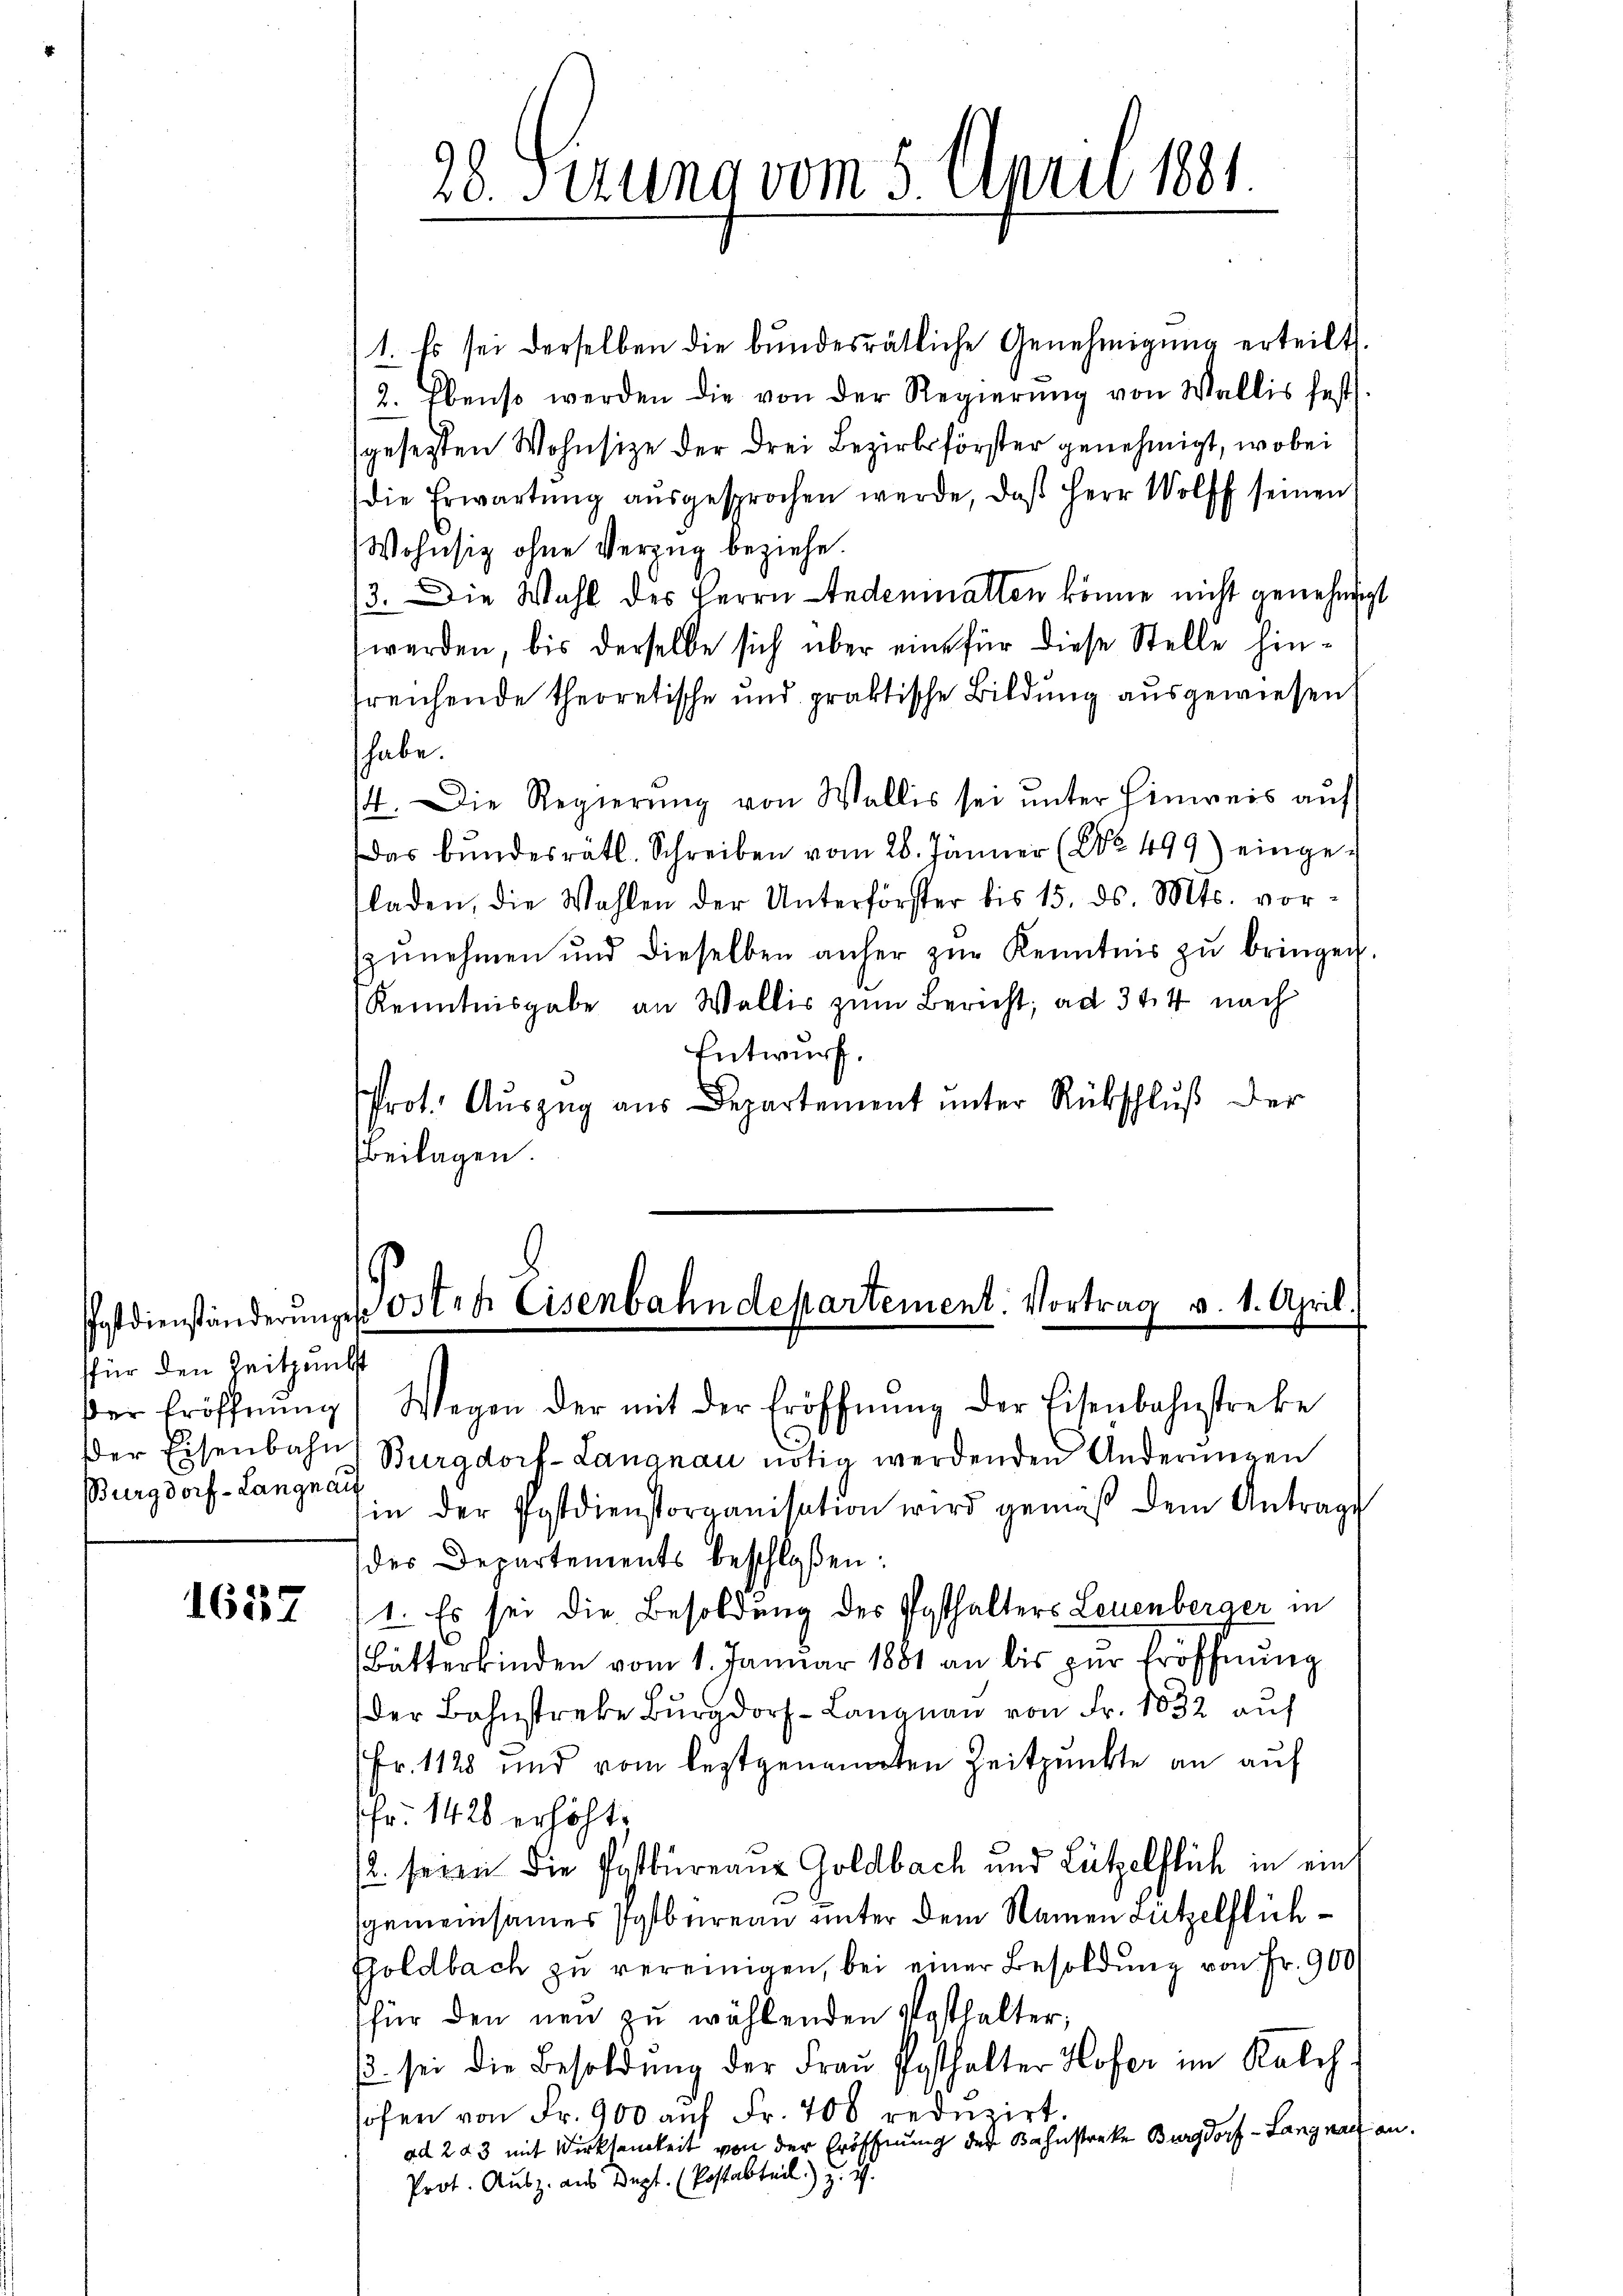
sfür den Zeitpunkt
Burgdorf - Langnau

1657

28. Serung vom 5. April 1881.

1. Es sei derselben die bŭndesrätliche Genehmigŭng erteilt.
2. Ebenso werden die von der Regierŭng von Wallis fest.
gesetzten Wohnsize der drei Bezirksförster genehmigt, wobei
die Erwartung aŭsgesprochen werde, daβ Herr Wolff seinen
Wohnsiz ohne Verzug beziehe.
3. Die Wahl des Herrn Indenmatten könne nicht genehmigt
werden, bis derselbe sich über eine für diese Stelle hin-
treichende theoretische und praktische Bildung ausgewiesen,
habe.
14. Die Regierŭng von Wallis sei ŭnter Einweis aŭf
Das bundesrätl. Schreiben vom 28. Jänner (NNo. 499) eingeladen, die Wahlen der Unterförster bis 15. ds. Mts. vor-
zŭnehmen und dieselben anher zŭr Kenntnis zŭ bringen.
Kenntnisgabe an Wallis zum Bericht, ad 344 nach
Entwurf.
Prot. Aŭszŭg aŭs Departement unter Rückschlŭβ der
Beilagen.

Postdienständerŭngen Ord. Eisenbahndepartement. Vortrag v. 1. April.

der Eröffnŭng Wegen der mit der Eröffnŭng der Eisenbahnstreke
der Eisenbahn Burgdorf- Langnau nötig werdenden Anderŭngen
in der Postdienstorganisation wird gemäß dem Antrage
des Departements beschloßen:
1. Es sei die Besoldung des Posthalters Leuenberger in
(Butterbinden vom 1. Januar 1881 an bis zur Eröffnung
der Bahnstreke Bŭr Langnau von Fr. 1832 auf
Fr. 1128 und vom leztgenannten Zeitpunkte an auf
fr. 1428 erhöht.
2. seien die Pastbureauz Goldbach und Lützelflich in eint
gemeinsamer Postbureau unter dem Namen dutzelflich¬
Goldbach zu vereinigen, bei einer Besoldung von Fr. 900
für den neu zu wählenden Vosthalter,
. sei die Besoldung der Frau Posthalter Hofer im Kalch
höfen von Fr. 900 auf Fr. 700 reduzirt.
ad 283 mit Wirksamkeit von der Eröffnung der Bahnstreke Burgdorf - Langnau an
Prot. Ausz. aus Dept. (Postabteil) u. a.